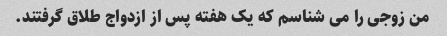
من زوجی را می شناسم که یک هفته پس از ازدواج طلاق گرفتند.